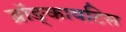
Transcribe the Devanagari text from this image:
ब्रॉङ्कायटिस